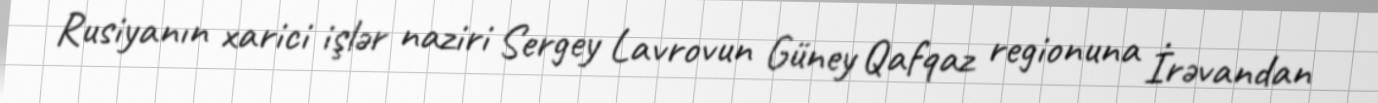
Rusiyanın xarici işlər naziri Sergey Lavrovun Güney Qafqaz regionuna İrəvandan